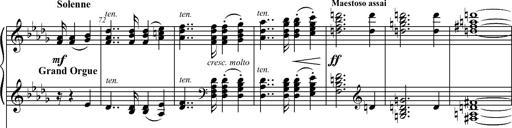
Title: 2 LÃ©gendes
Composer: Franz Liszt